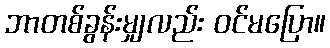
ဘာတစ်ခွန်းမျှလည်း ဝင်မပြော။